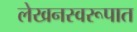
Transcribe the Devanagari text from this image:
लेखनस्वरूपात